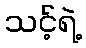
သင့်ရဲ့